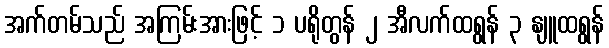
အက်တမ်သည် အကြမ်းအားဖြင့် ၁ ပရိုတွန် ၂ အီလက်ထရွန် ၃ နျူထရွန်